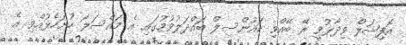
އޮފިޝަލް ވިދާޅުވީ ރޭ ބޭއްވި ކައުންސިލް ބައްދަލުވުމުގައި އެ މައްސަލަ ހުށަހެޅުއްވި އެ